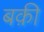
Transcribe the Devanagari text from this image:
बक़ी